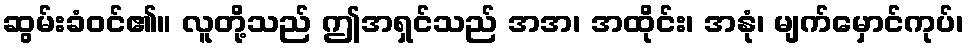
ဆွမ်းခံဝင်၏။ လူတို့သည် ဤအရှင်သည် အအ၊ အထိုင်း၊ အနုံ၊ မျက်မှောင်ကုပ်၊